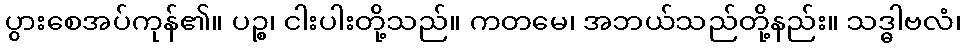
ပွားစေအပ်ကုန်၏။ ပဉ္စ၊ ငါးပါးတို့သည်။ ကတမေ၊ အဘယ်သည်တို့နည်း။ သဒ္ဓါဗလံ၊